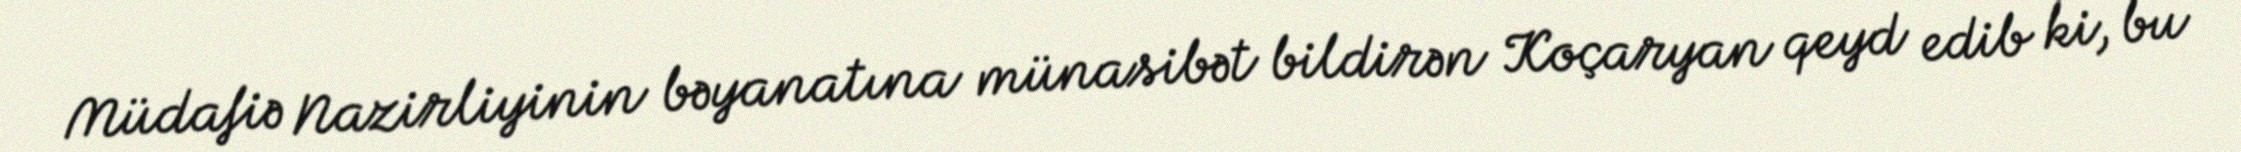
Müdafiə Nazirliyinin bəyanatına münasibət bildirən Koçaryan qeyd edib ki, bu